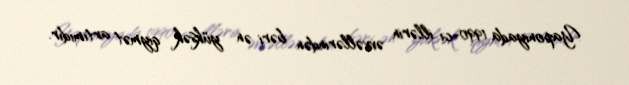
Yaponiyada 1990-cı illərin əvvəllərindən bəri ən yüksək qiymət artımıdır.